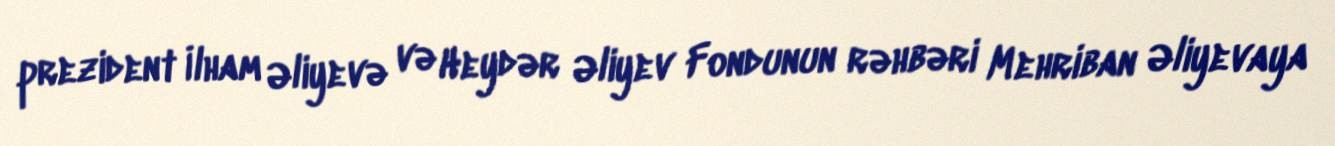
prezident İlham Əliyevə və Heydər Əliyev Fondunun rəhbəri Mehriban Əliyevaya